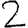
Digit: 2